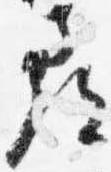
尋